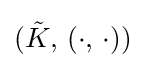
({\tilde {K}},\,(\cdot ,\,\cdot ))